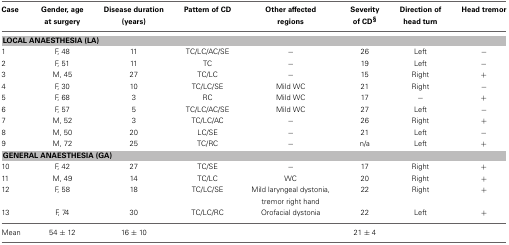
<table><thead><tr><td><b>Case</b></td><td><b>Gender, age at surgery</b></td><td><b>Disease duration (years)</b></td><td><b>Pattern of CD</b></td><td><b>Other affected regions</b></td><td><b>Severity of CD<sup>§</sup></b></td><td><b>Direction of head turn</b></td><td><b>Head tremor</b></td></tr></thead><tbody><tr><td colspan="8"><b>LOCAL ANAESTHESIA (LA)</b></td></tr><tr><td>1</td><td>F, 48</td><td>11</td><td>TC/LC/AC/SE</td><td>−</td><td>26</td><td>Left</td><td>−</td></tr><tr><td>2</td><td>F, 51</td><td>11</td><td>TC</td><td>−</td><td>19</td><td>Left</td><td>−</td></tr><tr><td>3</td><td>M, 45</td><td>27</td><td>TC/LC</td><td>−</td><td>15</td><td>Right</td><td>+</td></tr><tr><td>4</td><td>F, 30</td><td>10</td><td>TC/LC/SE</td><td>Mild WC</td><td>21</td><td>Right</td><td>−</td></tr><tr><td>5</td><td>F, 68</td><td>3</td><td>RC</td><td>Mild WC</td><td>17</td><td>−</td><td>+</td></tr><tr><td>6</td><td>F, 57</td><td>5</td><td>TC/LC/AC/SE</td><td>Mild WC</td><td>27</td><td>Left</td><td>−</td></tr><tr><td>7</td><td>M, 52</td><td>3</td><td>TC/LC/AC</td><td>−</td><td>26</td><td>Right</td><td>+</td></tr><tr><td>8</td><td>M, 50</td><td>20</td><td>LC/SE</td><td>−</td><td>21</td><td>Left</td><td>−</td></tr><tr><td>9</td><td>M, 72</td><td>25</td><td>TC/RC</td><td>−</td><td>n/a</td><td>Left</td><td>+</td></tr><tr><td colspan="8"><b>GENERAL ANAESTHESIA (GA)</b></td></tr><tr><td>10</td><td>F, 42</td><td>27</td><td>TC/SE</td><td>−</td><td>17</td><td>Right</td><td>+</td></tr><tr><td>11</td><td>M, 49</td><td>14</td><td>TC/LC</td><td>WC</td><td>20</td><td>Right</td><td>+</td></tr><tr><td>12</td><td>F, 58</td><td>18</td><td>TC/LC/SE</td><td>Mild laryngeal dystonia,</td><td>22</td><td>Right</td><td>+</td></tr><tr><td></td><td></td><td></td><td></td><td>tremor right hand</td><td></td><td></td><td></td></tr><tr><td>13</td><td>F, 74</td><td>30</td><td>TC/LC/RC</td><td>Orofacial dystonia</td><td>22</td><td>Left</td><td>+</td></tr><tr><td>Mean</td><td>54 ± 12</td><td>16 ± 10</td><td></td><td></td><td>21 ± 4</td><td></td><td></td></tr></tbody></table>